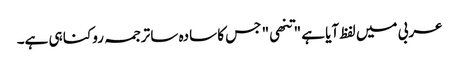
عربی میں لفظ آیا ہے "تنھی" جس کا سادہ سا ترجمہ روکنا ہی ہے۔